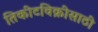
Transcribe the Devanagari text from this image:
तिकीटविक्रीसाठी